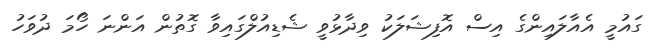
ގައުމީ އެއާލައިންގެ އިސް އޮފިޝަލަކު ވިދާޅުވީ ޝެޑިއުލްގައިވާ ގޮތުން އަންނަ ހޯމަ ދުވަހު